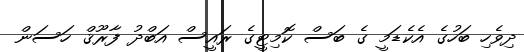
ދިވެހި ބަހުގެ އެކެޑަމީ ގެ ބަސް ކޮމިޓީގެ ރައީސް އަބްދު ފާރޫޤް ހަސަން